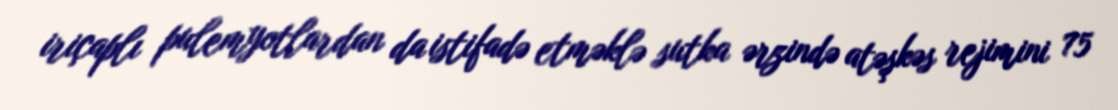
iriçaplı pulemyotlardan da istifadə etməklə sutka ərzində atəşkəs rejimini 75